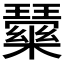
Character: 𭺒